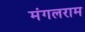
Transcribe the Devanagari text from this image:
मंगलराम